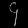
Digit: ၄